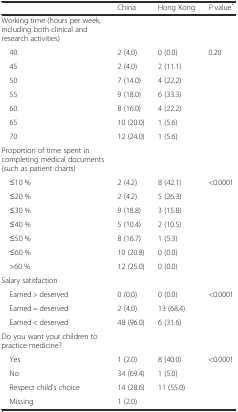
<table><thead><tr><td></td><td><b>China</b></td><td><b>Hong Kong</b></td><td><b><i>P</i> value<sup>*</sup></b></td></tr></thead><tbody><tr><td>Working time (hours per week, including both clinical and research activities)</td><td></td><td></td><td></td></tr><tr><td> 40</td><td>2 (4.0)</td><td>0 (0.0)</td><td>0.20</td></tr><tr><td> 45</td><td>2 (4.0)</td><td>2 (11.1)</td><td></td></tr><tr><td> 50</td><td>7 (14.0)</td><td>4 (22.2)</td><td></td></tr><tr><td> 55</td><td>9 (18.0)</td><td>6 (33.3)</td><td></td></tr><tr><td> 60</td><td>8 (16.0)</td><td>4 (22.2)</td><td></td></tr><tr><td> 65</td><td>10 (20.0)</td><td>1 (5.6)</td><td></td></tr><tr><td> 70</td><td>12 (24.0)</td><td>1 (5.6)</td><td></td></tr><tr><td>Proportion of time spent in completing medical documents (such as patient charts)</td><td></td><td></td><td></td></tr><tr><td> ≤10 %</td><td>2 (4.2)</td><td>8 (42.1)</td><td>&lt;0.0001</td></tr><tr><td> ≤20 %</td><td>2 (4.2)</td><td>5 (26.3)</td><td></td></tr><tr><td> ≤30 %</td><td>9 (18.8)</td><td>3 (15.8)</td><td></td></tr><tr><td> ≤40 %</td><td>5 (10.4)</td><td>2 (10.5)</td><td></td></tr><tr><td> ≤50 %</td><td>8 (16.7)</td><td>1 (5.3)</td><td></td></tr><tr><td> ≤60 %</td><td>10 (20.8)</td><td>0 (0.0)</td><td></td></tr><tr><td> &gt;60 %</td><td>12 (25.0)</td><td>0 (0.0)</td><td></td></tr><tr><td>Salary satisfaction</td><td></td><td></td><td></td></tr><tr><td> Earned &gt; deserved</td><td>0 (0.0)</td><td>0 (0.0)</td><td>&lt;0.0001</td></tr><tr><td> Earned = deserved</td><td>2 (4.0)</td><td>13 (68.4)</td><td></td></tr><tr><td> Earned &lt; deserved</td><td>48 (96.0)</td><td>6 (31.6)</td><td></td></tr><tr><td>Do you want your children to practice medicine?</td><td></td><td></td><td></td></tr><tr><td> Yes</td><td>1 (2.0)</td><td>8 (40.0)</td><td>&lt;0.0001</td></tr><tr><td> No</td><td>34 (69.4)</td><td>1 (5.0)</td><td></td></tr><tr><td> Respect child’s choice</td><td>14 (28.6)</td><td>11 (55.0)</td><td></td></tr><tr><td> Missing</td><td>1 (2.0)</td><td></td><td></td></tr></tbody></table>